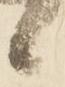
候